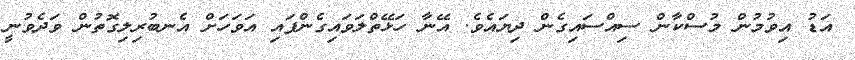
އަޑު އިވުމުން މުސްކާން ސިއްސައިގެން ދިޔައެވެ. އޭނާ ހަޅޭތްލަވައިގެންފައި އަވަހަށް އެނބުރިލިގޮތުން ވަދެވުނީ